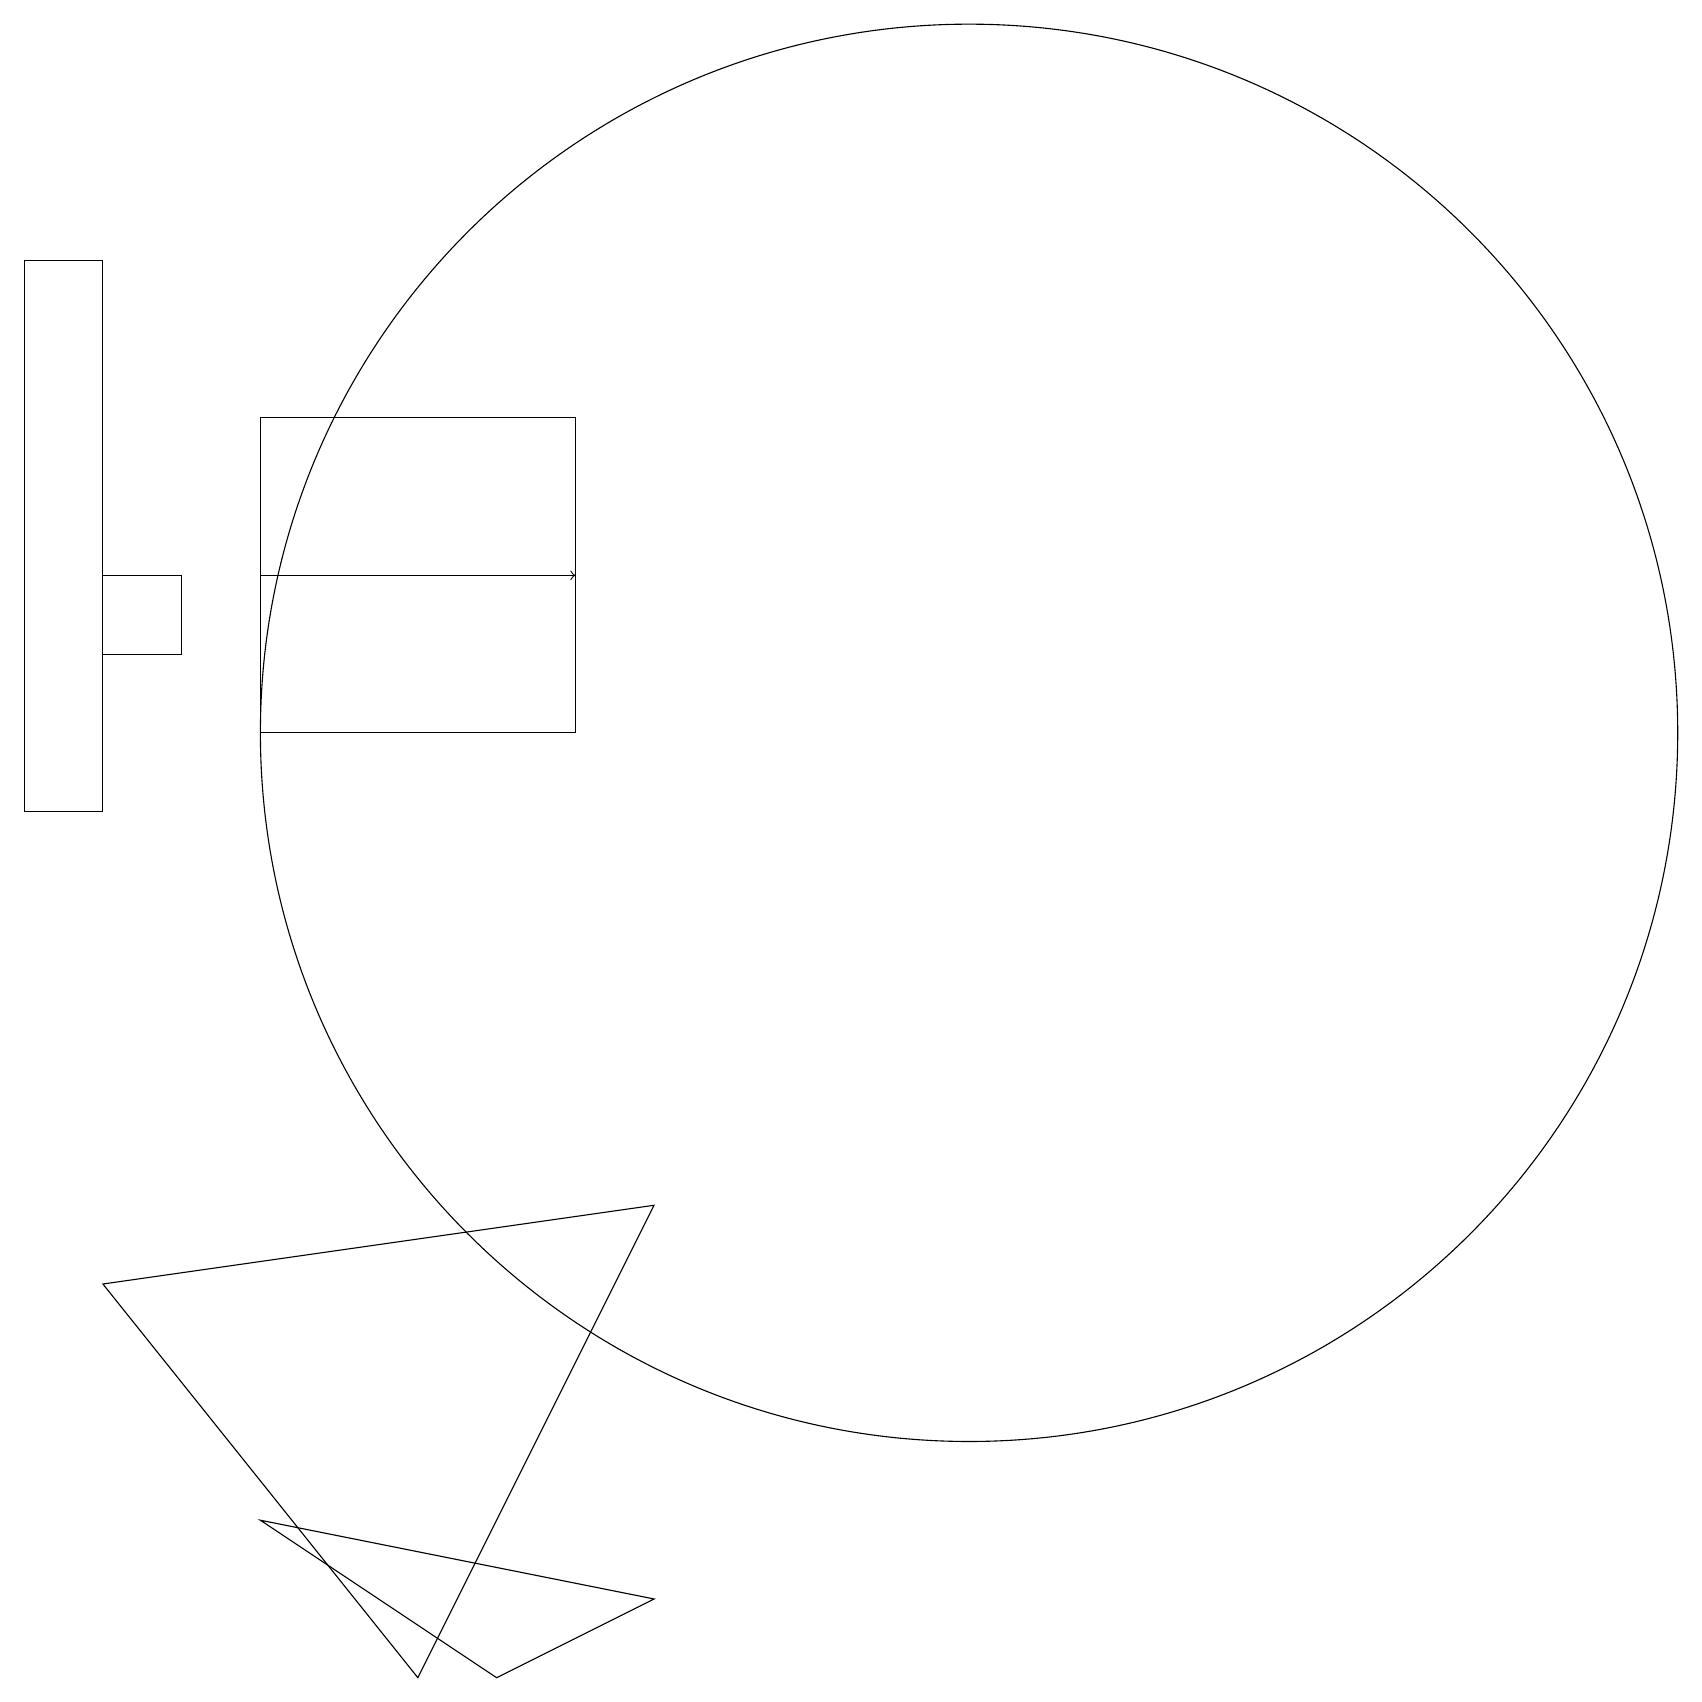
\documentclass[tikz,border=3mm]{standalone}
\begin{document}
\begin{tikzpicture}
\draw (8,6) -- (1,5) -- (5,0) -- cycle;
\draw (1,13) rectangle (2,14);
\draw (0,11) rectangle (1,18);
\draw (12,12) circle (9);
\draw (3,16) rectangle (7,12);
\draw[->] (3,14) -- (7,14);
\draw (8,1) -- (3,2) -- (6,0) -- cycle;
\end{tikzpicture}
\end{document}